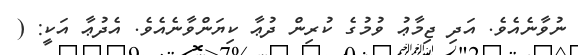
ނުވާނެއެވެ. އަދި ޖިމާޢު ވުމުގެ ކުރިން ދުޢާ ކިޔަންވާނެއެވެ. އެދުޢާ އަކީ: (